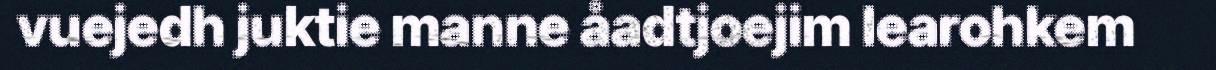
vuejedh juktie manne åadtjoejim learohkem